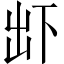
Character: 𠀴